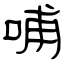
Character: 哺